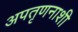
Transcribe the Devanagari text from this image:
अपतृणनाशी